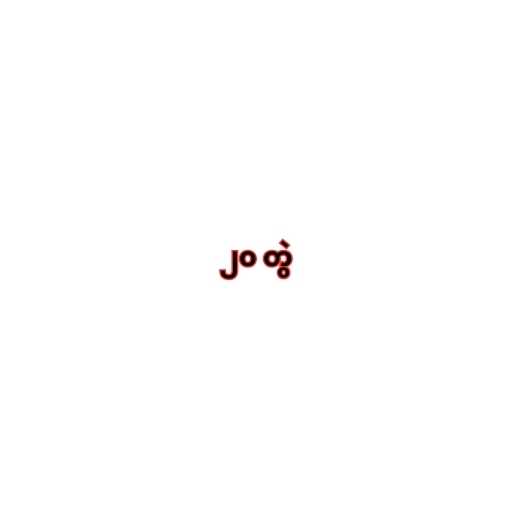
၂၀ တွဲ